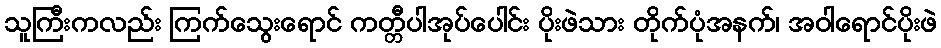
သူကြီးကလည်း ကြက်သွေးရောင် ကတ္တီပါအုပ်ပေါင်း ပိုးဖဲသား တိုက်ပုံအနက်၊ အဝါရောင်ပိုးဖဲ